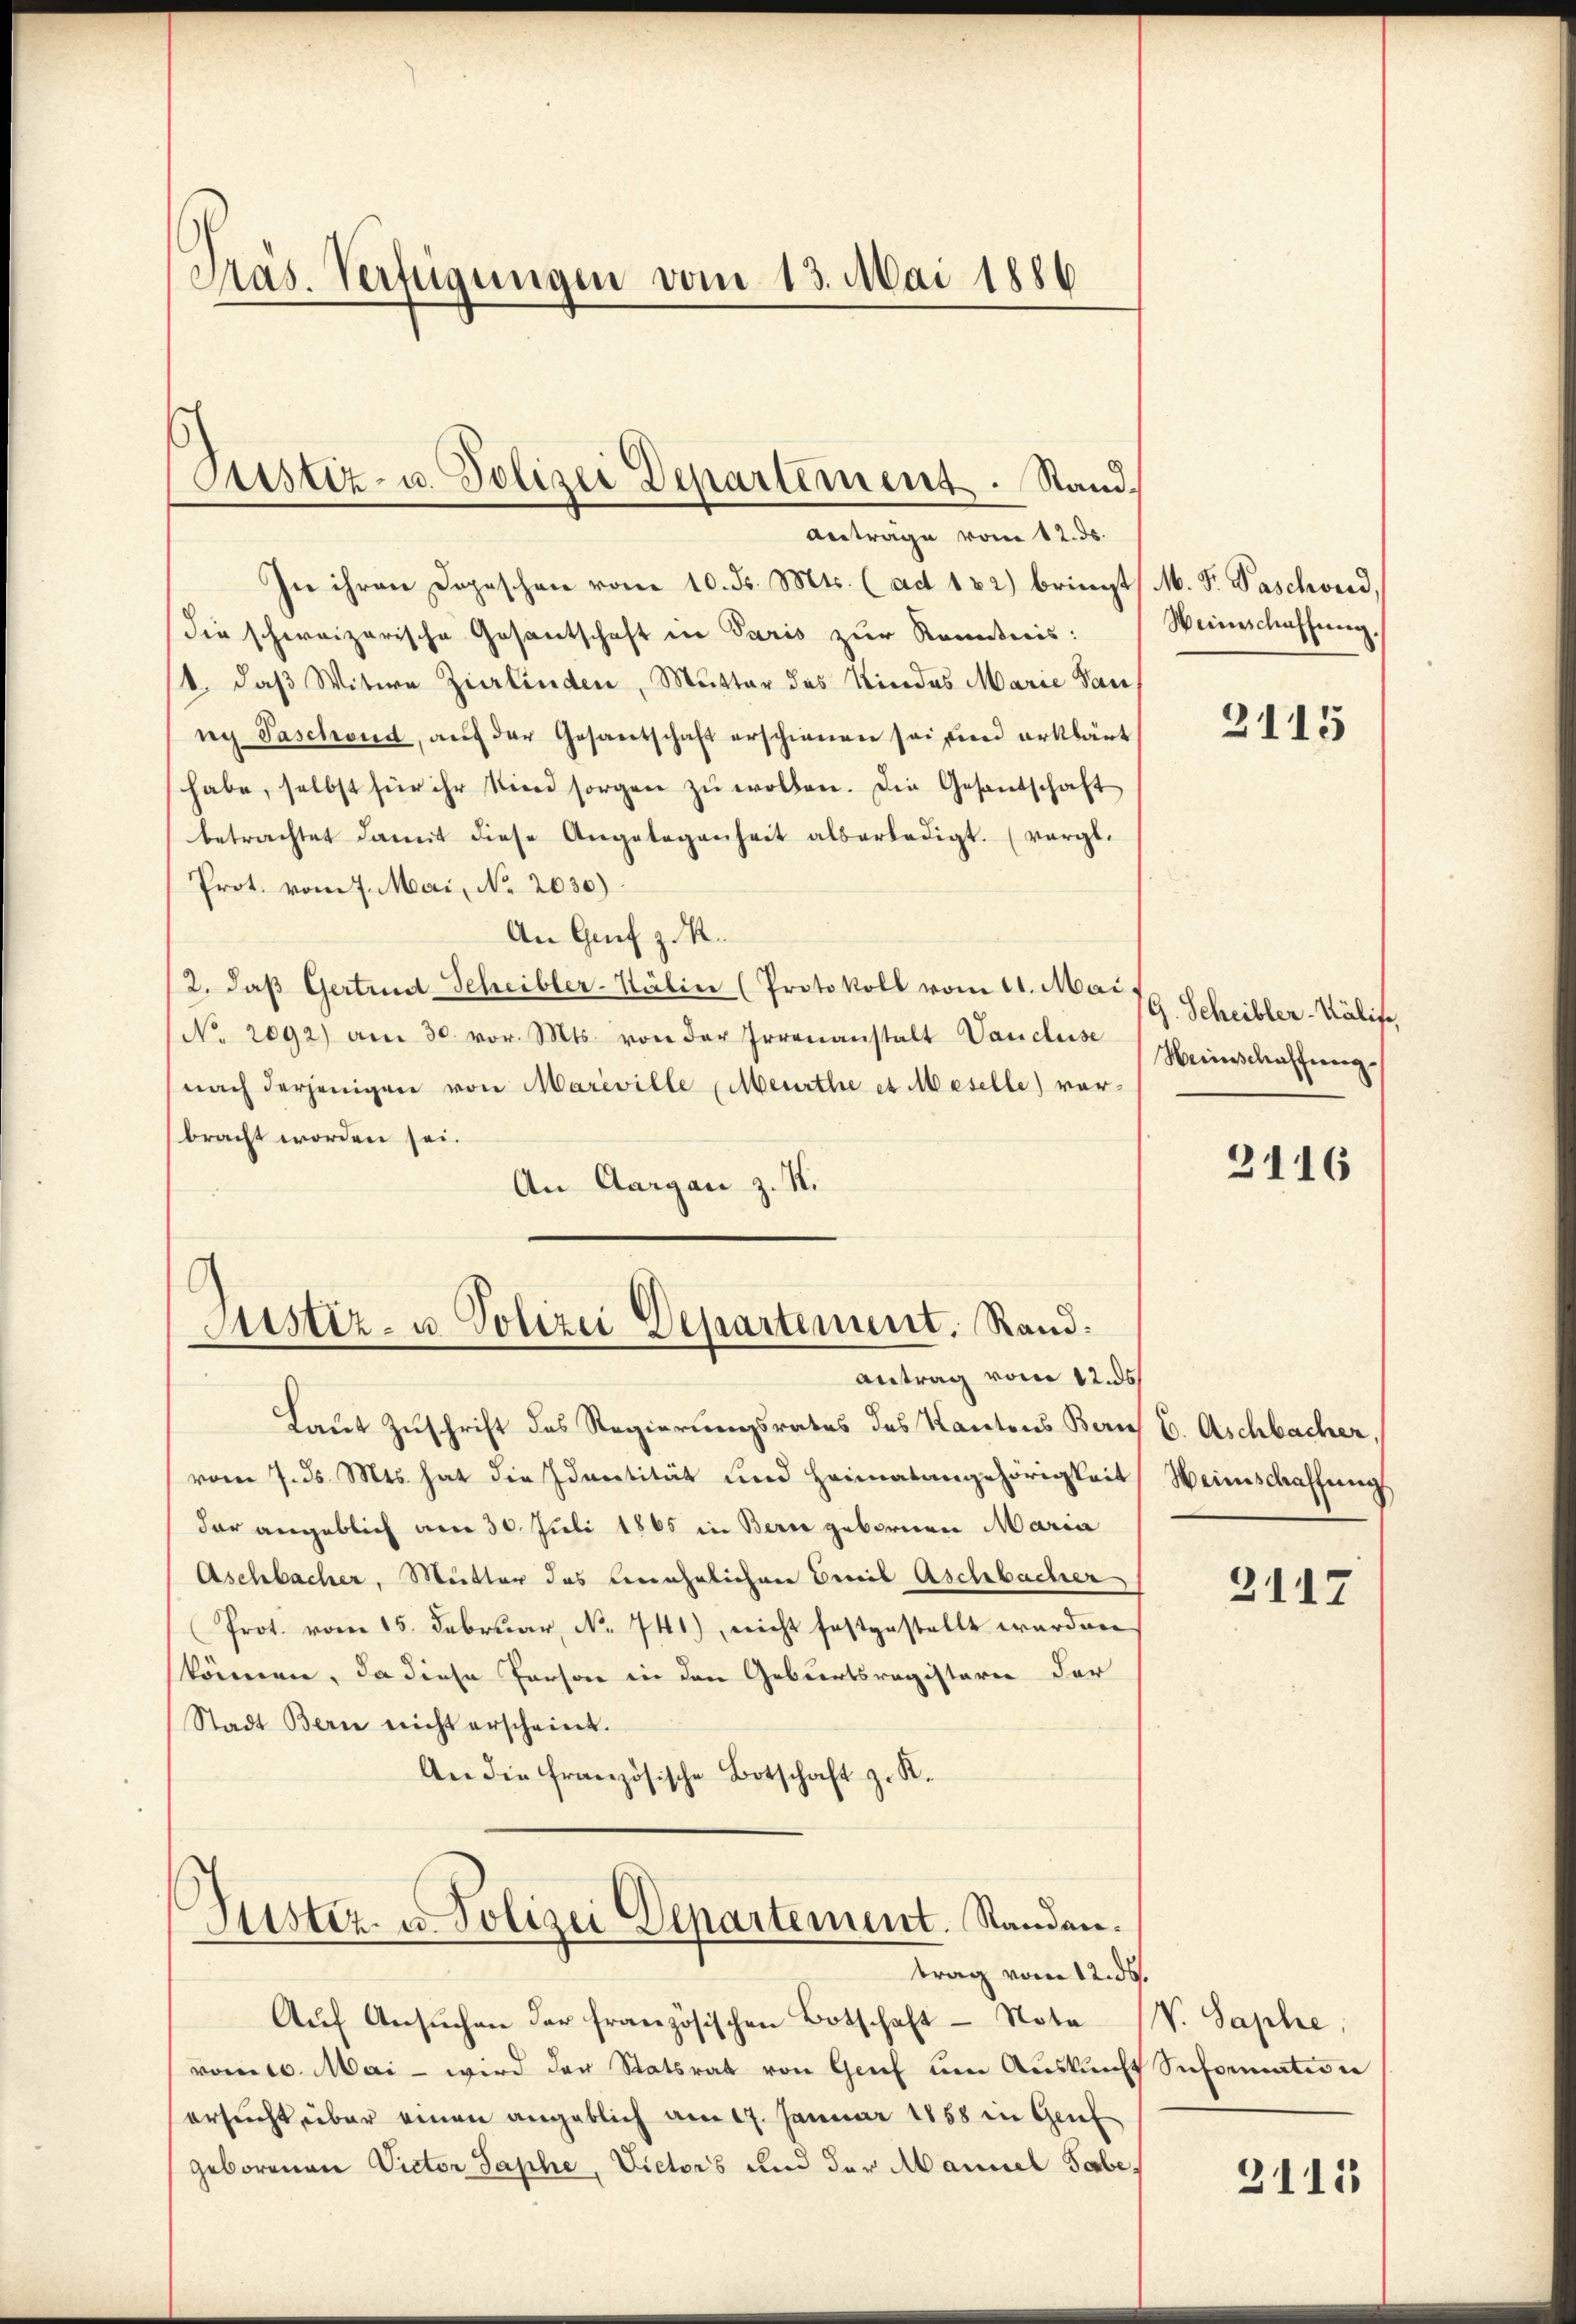
Präs. Verfügungen vom 13. Mai 1886

Anträge vom 12. ds.
In ihren Dopeschen vom 10. d. Mts. (ad 182) bringt M. D. Paschwird,
Die schweizerische Gesantschaft in Paris zur Kenntnis:
1. daß Witwe Zierlinden, Mutter des Kindes Marie Sau
ny Paschend, auf der Gesantschaft erschienen sei und erklärt
habe, selbst für ihr sind sorgen zŭ wollen. Die Gesandschaft
betrachtet damit diese Angelegenheit allerledigt. (vergl.
Prot. vom 7. Mai, No 2030)
An Genf z. R.
(2. daß Gertrud Scheibler-Kälin (Protokoll vom 11. Mai
No. 2092) am 30. vor. Mts. von der Irrenanstalt Vancluse
(nach derjenigen von Mareville (Meurthe es Meselle) verbracht worden sei.
An Aargau z. K.

Sistiz- u. Polizei Departement. Stand.

g
Justiz- u. Polizei Departement. Rand.
Antrag vom 12. ds.

Laut Zuschrift des Regierungsrates des Kantons Beruf C. Aschbacher.
vom 7. ds. Mts. hat die Identität und Heimatangehörigkeit
dar angeblich am 30. Juli 1865 in Bern gebornen Maria
Aschbacher, Mutter das Benehmlichene Beweil Aschbacher
Prot. vom 15. Febrŭar N. 741), nicht festgestellt werden
können. Da diese Person in den Geburtsregisterei der
Stadt Bern nicht erscheint.
An die französische Botschaft z. R.

Lister- u. Polizei Departement. Standen.

trag vom 12. ds.
Aŭf Ansŭchen der französischen Botschaft - Nota (V. Saphe,
vorte. Mai - wird der Statsrat von Genf um Auskunft Seformation
ersucht über einen angeblich am 17. Januar 1858 in Genf
geborenen Victor Saphe, Victors und der Manuel Sabe,

Weinschaffung

2115

G. Scheibler-Kälife,
Weinschaffung

2116

Weinschaffung

2117

3113